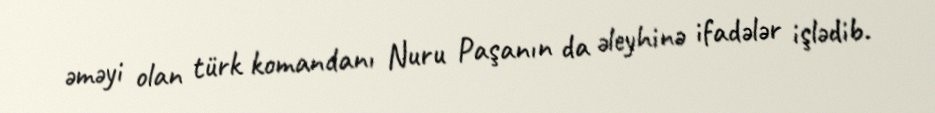
əməyi olan türk komandanı Nuru Paşanın da əleyhinə ifadələr işlədib.